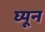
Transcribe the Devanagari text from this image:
घ्यून